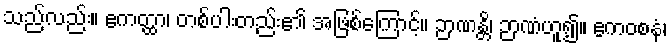
သည်လည်း။ ဧကတ္ထာ၊ တစ်ပါးတည်း၏ အဖြစ်ကြောင့်။ ဉာဏန္တိ၊ ဉာဏံဟူ၍။ ဧကဝစနံ၊